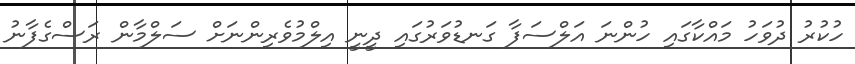
ހުކުރު ދުވަހު މައްކާގައި ހުންނަ އަލްސަފާ ގަނޑުވަރުގައި ދީނީ އިލްމުވެރިންނަށް ސަލްމާން ރަސްގެފާނު